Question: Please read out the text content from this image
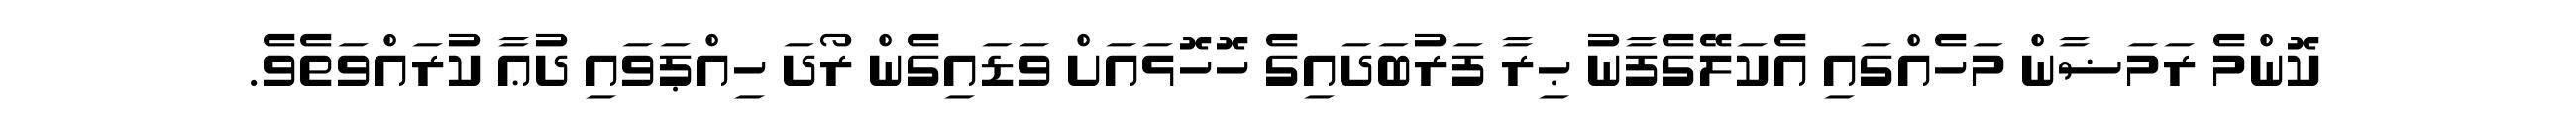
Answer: ކޮންމެ ރަމަޟާން މަހެއްގައި އެކަލޭގެފާނު ޙިރާ ފަރުބަދައިގެ ހޮހޮޅައަށް ވަޑައިގެން ރޯދަ ހިއްޕަވައި ދުޢާ ކުރައްވަތެވެ.